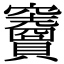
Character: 𥩐